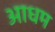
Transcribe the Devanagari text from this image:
आधम